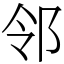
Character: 邻